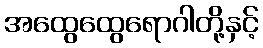
အထွေထွေရောဂါတို့နှင့်